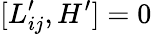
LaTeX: [L_{ij}^{\prime},H^{\prime}]=0\,